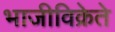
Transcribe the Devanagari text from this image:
भाजीविक्रेते